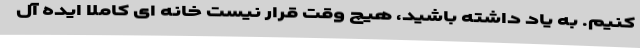
کنیم. به یاد داشته باشید، هیچ وقت قرار نیست خانه ای کاملا ایده آل